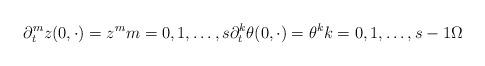
LaTeX: \begin{align*}\partial_{t}^{m} z(0, \cdot) = z^{m} m = 0, 1, \dots, s \partial_{t}^{k} \theta(0, \cdot) = \theta^{k} k = 0, 1, \dots, s - 1 \Omega\end{align*}